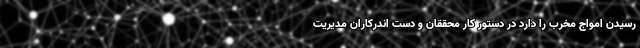
رسیدن امواج مخرب را دارد در دستور کار محققان و دست اندرکاران مدیریت